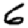
Digit: 6